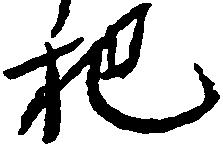
把